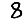
Digit: 8